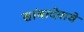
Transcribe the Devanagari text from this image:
सांबादेवाचे